Mental hospitals Bombay report 1921-28 - 1921-1928
Year: 1921
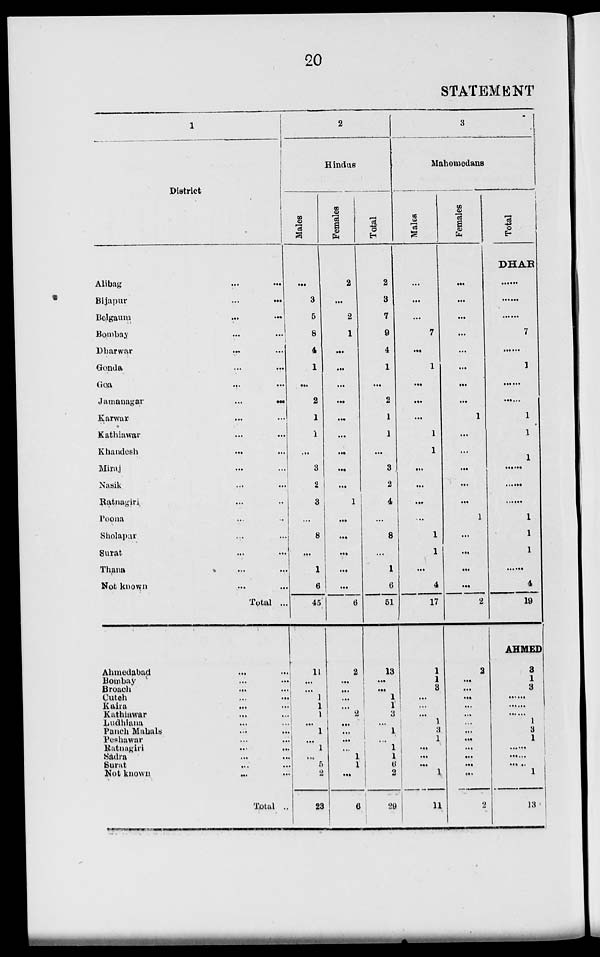
20
STATEMENT
1
District
Alibag ... ...
Bijapur ... ...
Belgaum ... ...
Bombay ... ...
Dharwar ... ...
Gonda ... ...
Goa ... ...
Jamanagar
...
...
Karwar ... ...
Kathiawar ... ...
Khandesh ... ...
Miraj ... ...
Nasik ... ...
Ratnagiri ... ...
Poona ... ...
Sholapur ... ...
Surat ... ...
Thana ... ...
Not known ... ...
Total ...
Ahmedabad ... ...
Bombay ... ...
Broach ... ...
Cutch ... ...
Kaira
...
...
Kathiawar ... ...
Ludhiana ... ...
Panch Mahals ... ...
Peshawar ... ...
Ratnagiri ... ...
Sadra ... ...
Surat ... ...
Not known ... ...
Total ...
2
Hindus
Males
...
3
5
8
4
1
...
2
1
1
...
3
2
3
...
8
...
1
6
45
11
...
...
1
1
1
...
1
...
1
...
5
2
23
Females
2
...
2
1
...
...
...
...
...
...
...
...
...
1
...
...
...
...
...
6
2
...
...
...
...
2
...
...
...
...
1
1
...
6
Total
2
3
7
9
4
1
...
2
1
1
...
3
2
4
...
8
...
1
6
51
13
...
...
1
1
3
...
1
...
1
1
6 2
29
3
Mahomedans
Males
...
...
...
7
...
1
...
...
...
1
1
...
...
...
...
1
1
...
4
17
1
1
3
...
...
...
1
3
1
...
...
...
1
11
Females
...
...
...
...
...
...
...
...
1
...
...
...
...
...
1
...
...
...
...
2
2
...
...
...
...
...
...
...
...
...
...
...
...
2
Total
DHAR
......
......
......
7
......
1
......
......
1
1
l
......
......
......
1
1
1
...
4
19
AHMED
3
1
3
......
......
......
1
3
1
......
......
......
1
13